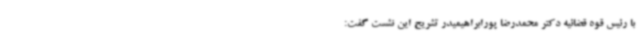
با رئیس قوه قضائیه دکتر محمدرضا پورابراهیمیدر تشریح این نشست گفت: